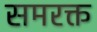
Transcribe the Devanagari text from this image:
समरक्त